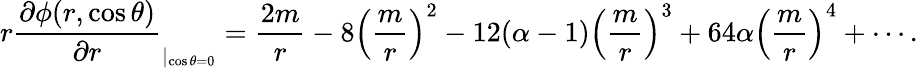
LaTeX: r\frac{\partial\phi(r,\cos\theta)}{\partial r}_{|_{\cos\theta=0}}=\frac{2m}{r}-8\left(\frac{m}{r}\right)^{2}-12(\alpha-1)\left(\frac{m}{r}\right)^{3}+64\alpha\left(\frac{m}{r}\right)^{4}+\cdots.